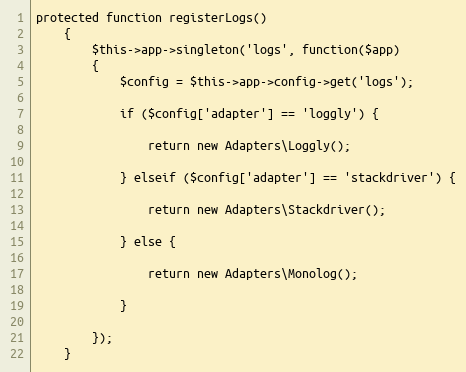
Language: PHP
protected function registerLogs()
    {
        $this->app->singleton('logs', function($app)
        {
            $config = $this->app->config->get('logs');

            if ($config['adapter'] == 'loggly') {

                return new Adapters\Loggly();

            } elseif ($config['adapter'] == 'stackdriver') {

                return new Adapters\Stackdriver();

            } else {

                return new Adapters\Monolog();

            }

        });
    }